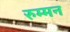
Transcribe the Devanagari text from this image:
रुम्मन